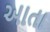
આતા